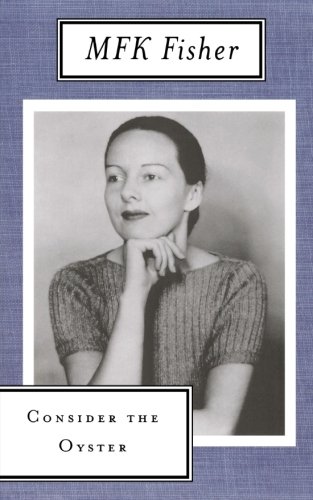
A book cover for Consider the Oyster; M. F. K. Fisher; Cookbooks, Food & Wine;